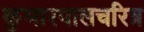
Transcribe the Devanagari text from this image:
कुमारपालचरित्र